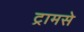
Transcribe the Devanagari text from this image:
ट्रामसे